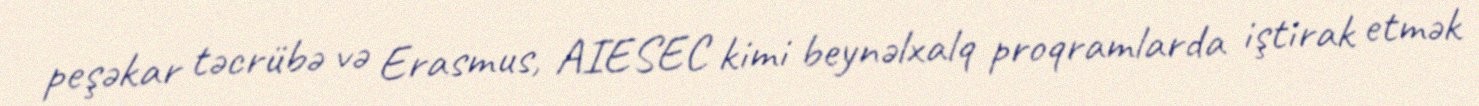
peşəkar təcrübə və Erasmus, AIESEC kimi beynəlxalq proqramlarda iştirak etmək